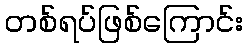
တစ်ရပ်ဖြစ်ကြောင်း